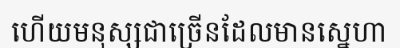
ហើយមនុស្សជាច្រើនដែលមានស្នេហា